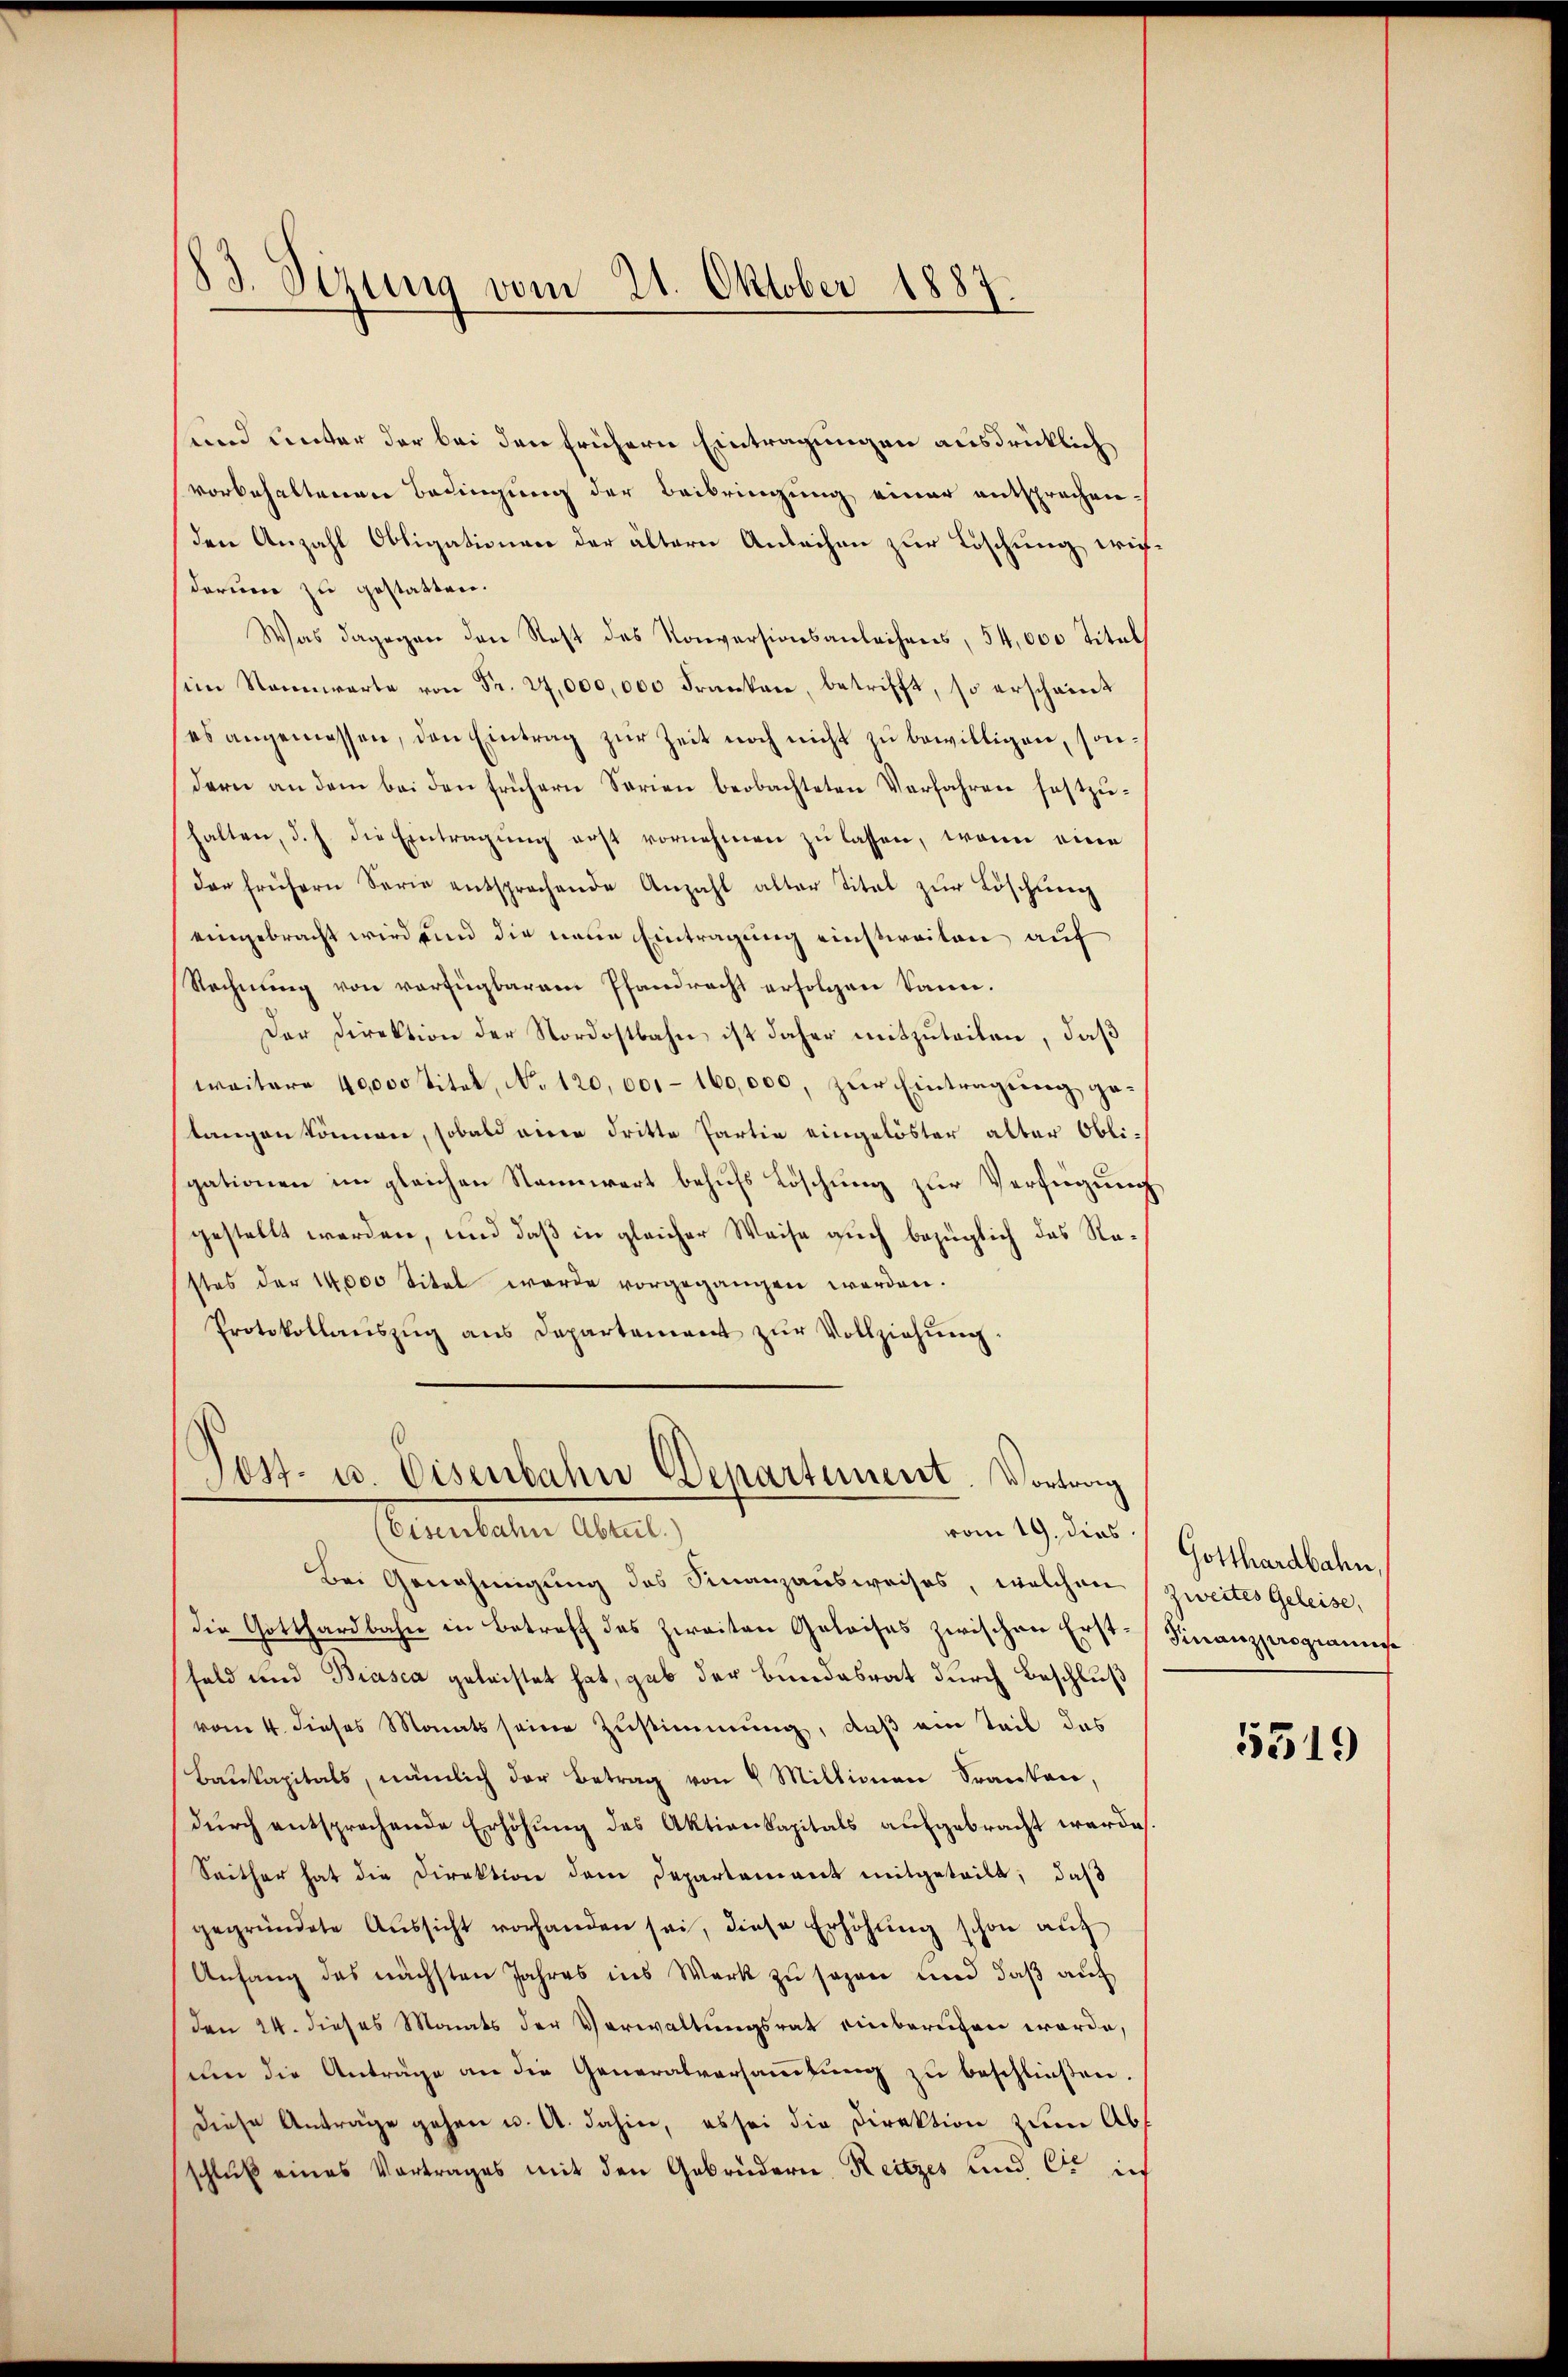
83. Sizung vom 21. Oktober 1887.

und unter der bei den frühern Eintragungen ausdrücklich
vorbehaltenen Bedingung der Beibringung einer entsprochenden Anzahl Obligationen der ältern Anleihen zur Löschung erichdarum zu gestatten.
Was dagegen den Rest des Konversionsanleihens, 54,000 Titel
iin Nannwarte von Fr. 27,000,000 Franken, betrifft, so erscheint
es angemessen, den Eintrag zur Zeit noch nicht zu bewilligen, sondern an dem bei den frühern Serien beobachteten Verfahren festzŭ-
halten, d. J. die Eintragŭng erst vornehmen zŭ lassen, wenn eine
der frühern Serie entsprechende Anzahl alter Titel zŭr Löschŭng
eingebracht wird und die neue Eintragung einstweiten auf
Rechnung von verfügbarem Pfandrecht erfolgen kann.
Der Direktion der Nordostbahn ist daher mitzuteilen, daß
weitere 40,000 Titel, No 120,000 - 160,000, zur Eintragung getangen können, sobald einer dritte Partia eingelöster alter Obli-
gationen im gleichen Stannwert behufs Löschung zur Verfügung
gestellt werden, und daß in gleicher Weise auch bezüglich das Restes der 14000 Titel werde vorgegangen werden.
Protokollaŭszŭg ans Departement zŭr Vollziehŭng.

Post- u. Eisenbahn Departement. Vortrag
Vereiteten Ant
vom 19. dies

Bei Genehmigung des Finanzausweises, welchen (zweites Geleise,

die Gotthardbahn in Betreff des zweiten Geleises zwischen Erstfeld und Biasca geleistet hat, gab der Bundesrat durch Beschluß
vom 4. dieses Monats seine Zustimmung, daß am Teil das
Baukapitals, nämlich der Betrag von 4 Millionen Franken,
dŭrch entsprechende Erhöhung des Aktienkapitals aufgebracht werde.
Seither hat die Direktion dem Departement mitgeteilt; daß
gegründete Aŭssicht vorhanden sei, diese Erhöhŭng schon aŭf
Anfang des nächsten Jahres ins Werk zu sagen und daß auf
den 24. dieses Monats der Verwaltungsrat einberufen werde,
um die Anträge an die Generalversammlung zu beschließen.
Diese Anträge gehen u. A. dahin, es sei die Direktion zum Ab
schlŭβ eines Vortrages mit den Gebrüdern Reitzes und er in

Gotthardbahn,
Finanzprograme

5519